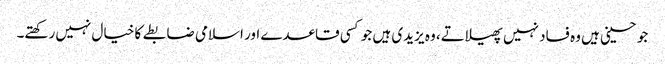
جو حسینی ہیں وہ فساد نہیں پھیلاتے، وہ یزیدی ہیں جو کسی قاعدے اور اسلامی ضابطے کا خیال نہیں رکھتے۔